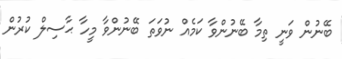
ބޭނުން ވަނީ ތިމާ ބޭނުންވާ ކަމެއް ނުވަތަ ބޭނުންވާ މީހާ ޙާސިލް ކުރުން